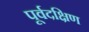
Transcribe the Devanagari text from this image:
पूर्वदक्षिण